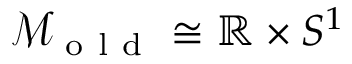
\mathcal { M } _ { \mathrm { ~ o ~ l ~ d ~ } } \cong \mathbb { R } \times S ^ { 1 }